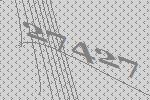
27427